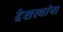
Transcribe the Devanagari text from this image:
देशस्थांना